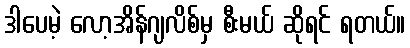
ဒါပေမဲ့ လော့အိန်ဂျလိစ်မှ စီးမယ် ဆိုရင် ရတယ်။